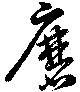
磨